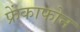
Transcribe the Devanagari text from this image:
फ्रेंकाफोन